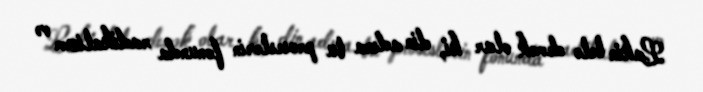
Lakin belə demək olar ki, din adına bu proseslərin fonunda radikalizm və